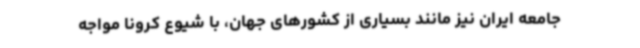
جامعه ایران نیز مانند بسیاری از کشورهای جهان، با شیوع کرونا مواجه